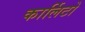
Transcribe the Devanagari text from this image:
कार्लिटो